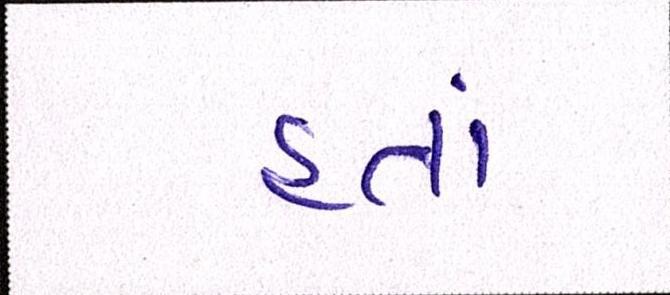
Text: હતાં